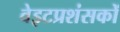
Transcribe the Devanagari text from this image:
वेइटप्रशंसकों